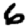
Digit: 6